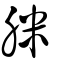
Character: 脒